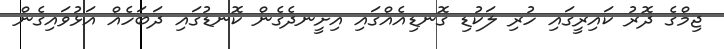
ޖިމްގެ ދޮރު ކައިރީގައި ހުރި ލަކުޑި ގޮނޑިއެއްގައި އިށީނދެގެން ކޮނޑުގައި ދަބަހެއް އަޅުވައިގެން